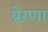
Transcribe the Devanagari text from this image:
प्रेऱणा